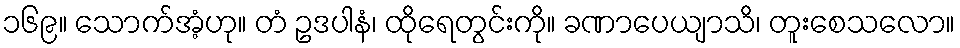
၁၆၉။ သောက်အံ့ဟု။ တံ ဥဒပါနံ၊ ထိုရေတွင်းကို။ ခဏာပေယျာသိ၊ တူးစေသလော။